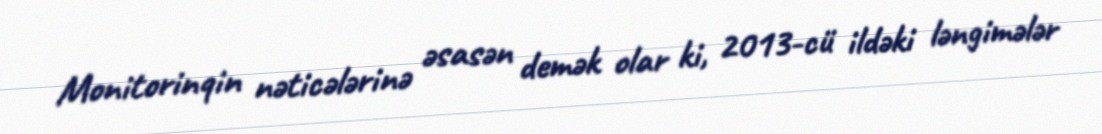
Monitorinqin nəticələrinə əsasən demək olar ki, 2013-cü ildəki ləngimələr